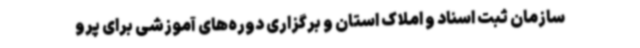
سازمان ثبت اسناد و املاک استان و برگزاری دوره‌های آموزشی برای پرو